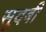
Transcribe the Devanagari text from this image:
सूदबी